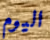
اليوم